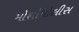
મોશોપોલીસ